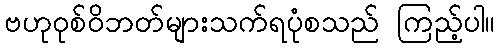
ဗဟုဝုစ်ဝိဘတ်များသက်ရပုံစသည် ကြည့်ပါ။